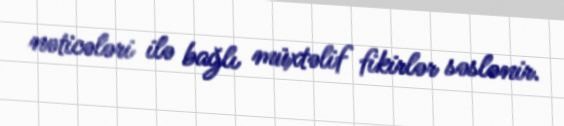
nəticələri ilə bağlı müxtəlif fikirlər səslənir.